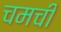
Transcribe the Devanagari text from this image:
चमची